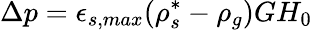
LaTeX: \Delta p=\epsilon_{s,max}(\rho_{s}^{*}-\rho_{g})GH_{0}